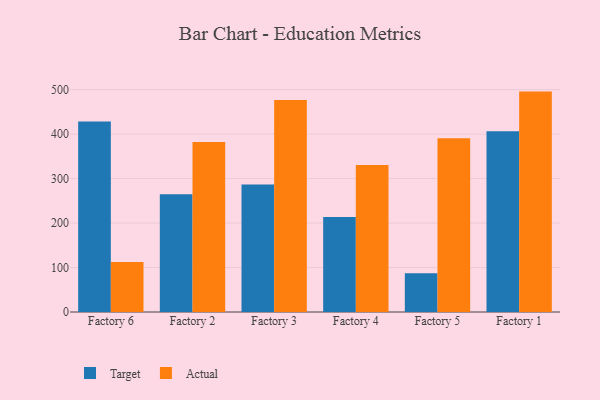
{"axis": {"x": "Factory", "y": "Temperature (°C)"}, "legend": ["Actual", "Target"], "data": [{"x": "Factory 6", "y": 428.2, "type": "Target"}, {"x": "Factory 6", "y": 112.5, "type": "Actual"}, {"x": "Factory 2", "y": 265.0, "type": "Target"}, {"x": "Factory 2", "y": 382.1, "type": "Actual"}, {"x": "Factory 3", "y": 286.7, "type": "Target"}, {"x": "Factory 3", "y": 476.8, "type": "Actual"}, {"x": "Factory 4", "y": 213.4, "type": "Target"}, {"x": "Factory 4", "y": 330.4, "type": "Actual"}, {"x": "Factory 5", "y": 86.9, "type": "Target"}, {"x": "Factory 5", "y": 390.8, "type": "Actual"}, {"x": "Factory 1", "y": 406.4, "type": "Target"}, {"x": "Factory 1", "y": 495.6, "type": "Actual"}]}